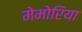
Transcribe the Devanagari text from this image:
मेमोरिया